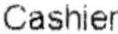
CASHIER